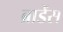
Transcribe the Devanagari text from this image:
ब्राडेंस